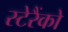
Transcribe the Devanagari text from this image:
स्टेरैंको